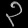
Digit: ၃